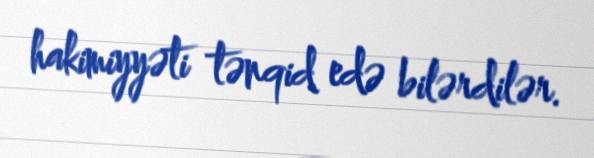
hakimiyyəti tənqid edə bilərdilər.